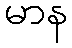
မာန